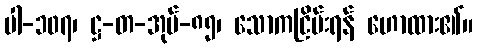
ပါ-၁၀၇၊ ဋ္ဌ-တ-အုပ်-၈၅၊ သောကငြိမ်းရန် ဟောထား၏။